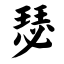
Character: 瑟